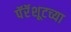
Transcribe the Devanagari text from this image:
पॅरॅशूटच्या